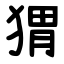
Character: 猬